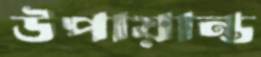
উপায়ান্ত